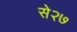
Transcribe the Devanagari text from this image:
से२७